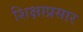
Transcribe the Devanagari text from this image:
शिक्षाप्रसार